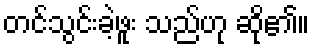
တင်သွင်းခဲ့ဖူး သည်ဟု ဆို၏။